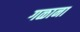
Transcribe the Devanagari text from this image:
गळाना